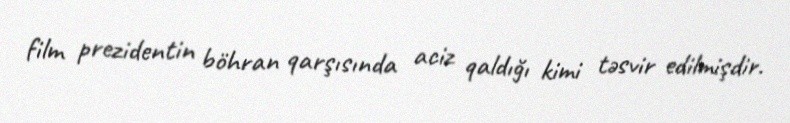
film prezidentin böhran qarşısında aciz qaldığı kimi təsvir edilmişdir.